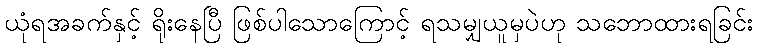
ယုံရအခက်နှင့် ရိုးနေပြီ ဖြစ်ပါသောကြောင့် ရသမျှယူမှပဲဟု သဘောထားရခြင်း